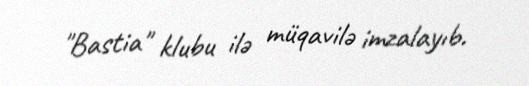
"Bastia" klubu ilə müqavilə imzalayıb.